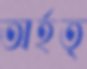
অর্হত্